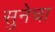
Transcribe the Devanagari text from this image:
सुनेचा